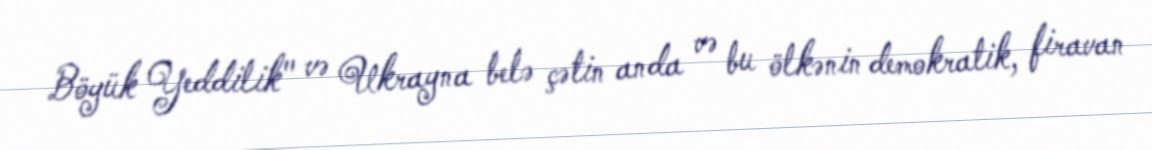
Böyük Yeddilik" və Ukrayna belə çətin anda və bu ölkənin demokratik, firavan